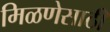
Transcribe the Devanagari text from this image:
मिळणेसाठी